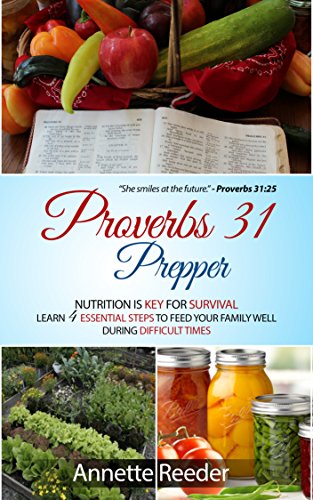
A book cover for Proverbs 31 Prepper: Nutrition is Key for Survival, Learn 4 Essential Steps to Feed Your Family Well During Difficult Times; Annette Reeder; Cookbooks, Food & Wine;